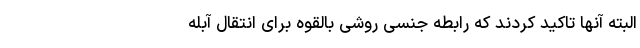
البته آنها تاکید کردند که رابطه جنسی روشی بالقوه برای انتقال آبله